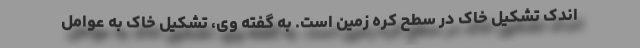
اندک تشکیل خاک در سطح کره زمین است. به گفته وی، تشکیل خاک به عوامل